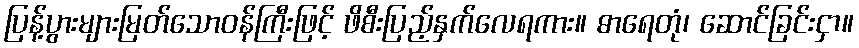
ပြန့်ပွားများမြတ်သောဝန်ကြီးဖြင့် ဖိစီးပြည့်နှက်လေရကား။ ဓာရေတုံ၊ ဆောင်ခြင်းငှာ။